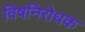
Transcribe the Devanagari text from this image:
विषनिरोधक